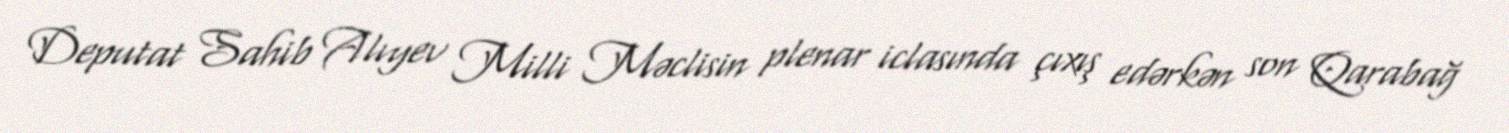
Deputat Sahib Alıyev Milli Məclisin plenar iclasında çıxış edərkən son Qarabağ